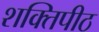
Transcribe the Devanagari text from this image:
शक्‍ितपीठ